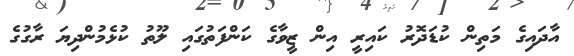
އާދައިގެ މަތިން ކުޑަދޮރު ކައިރީ އިން ޒީވާގެ ކަންފަތުގައި ލޫތު ކުޅެމުންދިޔަ ރާގުގެ